Vaccine operations Central Provinces & Berar 1912-1920 - 1912-1920
Year: 1912
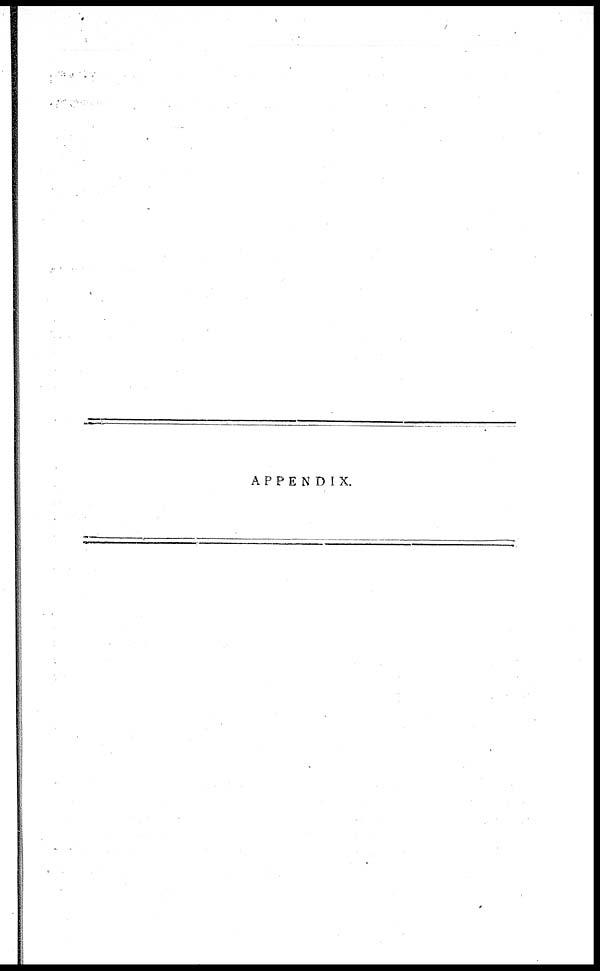
APPENDIX.